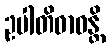
ဥပါတိဓာဝန္တိ